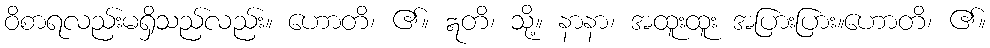
ဝိစာရလည်းမရှိသည်လည်း။ ဟောတိ၊ ၏။ ဣတိ၊ သို့။ နာနာ၊ အထူးထူး အပြားပြား။ဟောတိ၊ ၏။